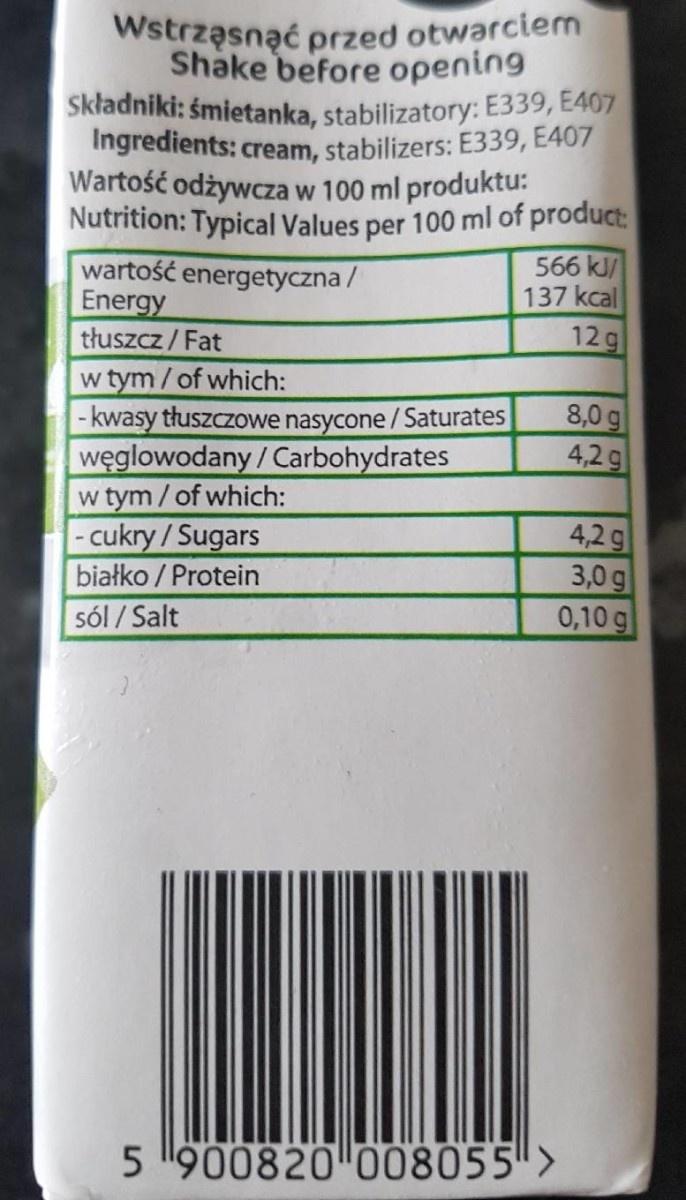
Wstrząsnąć przed otwarciem Shake before opening Składniki: śmietanka, stabilizatory: E339, E407 Ingredients: cream, stabilizers: E339, E407 Wartość odżywcza w 100 ml produktu: Nutrition: Typical Values per 100 ml of product: wartość energetyczna / Energy tłuszcz / Fat w tym/of which: -kwasy tłuszczowe nasycone /Saturates węglowodany / Carbohydrates w tym/ of which: - cukry / Sugars
566 kJ/ 137 kcal 12g
8,0 g 4,2g
4,2g 3,0 g 0,10 g
białko / Protein
sól / Salt
5 900820 008055">